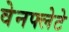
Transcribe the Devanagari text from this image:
वेनफ्लेटे